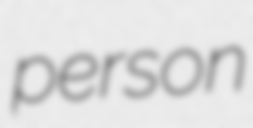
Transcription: person